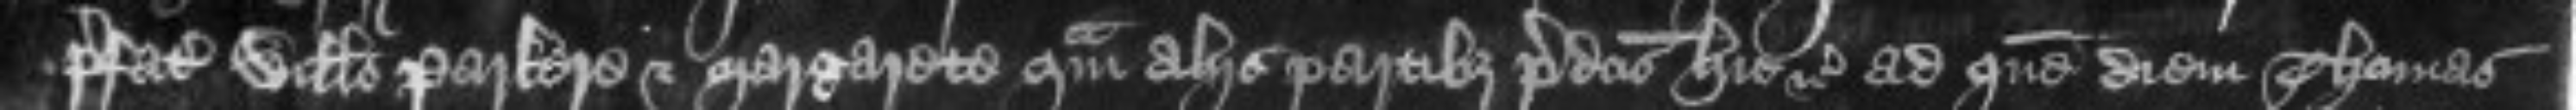
prefato Willelmo Parkere et Margarete quam aliis partibus predictis hic etc ad quem diem Thomas